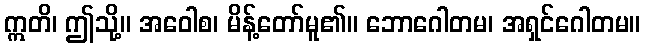
ဣတိ၊ ဤသို့။ အဝေါစ၊ မိန့်တော်မူ၏။ ဘောဂေါတမ၊ အရှင်ဂေါတမ။